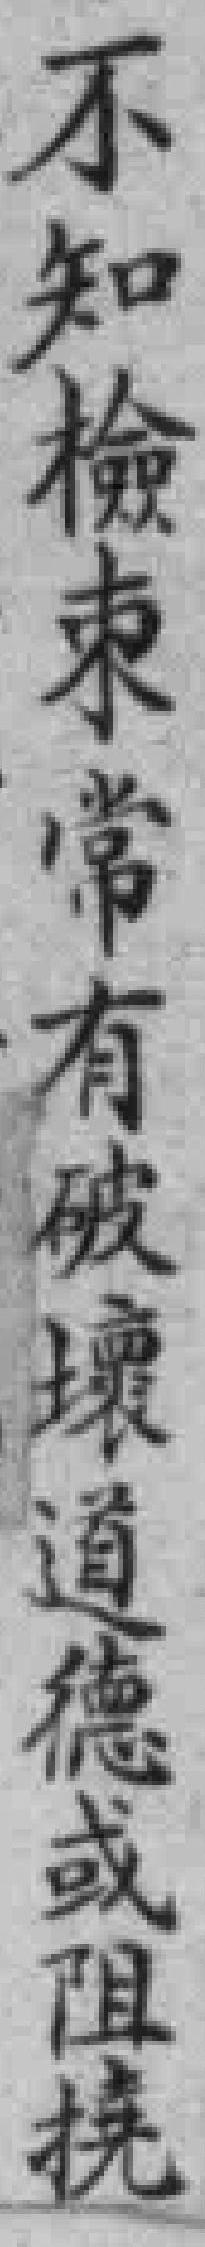
不知檢束常有破壞道德或阻撓